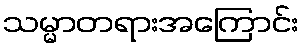
သမ္မာတရားအကြောင်း